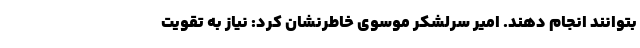
بتوانند انجام دهند. امیر سرلشکر موسوی خاطرنشان کرد: نیاز به تقویت